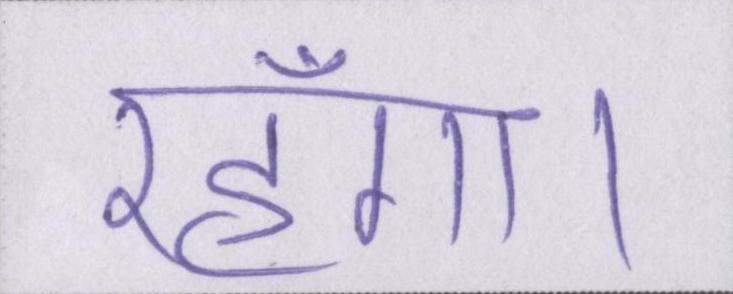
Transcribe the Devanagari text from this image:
रहूँगा।